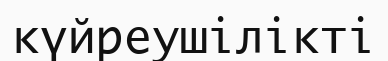
күйреушілікті